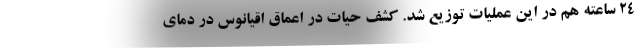
۲۴ ساعته هم در این عملیات توزیع شد. کشف حیات در اعماق اقیانوس در دمای